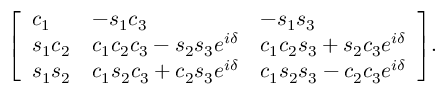
{ \left[ \begin{array} { l l l } { c _ { 1 } } & { - s _ { 1 } c _ { 3 } } & { - s _ { 1 } s _ { 3 } } \\ { s _ { 1 } c _ { 2 } } & { c _ { 1 } c _ { 2 } c _ { 3 } - s _ { 2 } s _ { 3 } e ^ { i \delta } } & { c _ { 1 } c _ { 2 } s _ { 3 } + s _ { 2 } c _ { 3 } e ^ { i \delta } } \\ { s _ { 1 } s _ { 2 } } & { c _ { 1 } s _ { 2 } c _ { 3 } + c _ { 2 } s _ { 3 } e ^ { i \delta } } & { c _ { 1 } s _ { 2 } s _ { 3 } - c _ { 2 } c _ { 3 } e ^ { i \delta } } \end{array} \right] } .